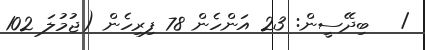
/   ބިދޭސީން: 23 އަންހެން 78 ފިރިހެން (ޖުމުލަ 102